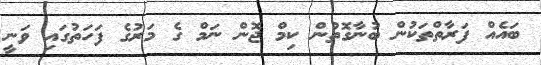
ބައެއް ފަރާތްތަކުން ބުނާގޮތުން ކިމް ޖޮން ނަމް ގެ މަރުގެ ފަހަތުގައި ވަނީ